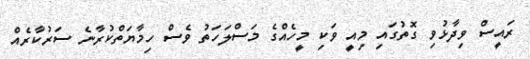
ރައީސް ވިދާޅުވި ގޮތުގައި މިއީ ވަކި މީހެއްގެ މަސްލަހަތު ވެސް ހިމާޔަތްކުރާނެ ސަރުކާރެއް